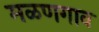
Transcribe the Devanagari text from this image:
मळणगाव